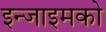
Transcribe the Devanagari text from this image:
इन्जाइमको